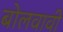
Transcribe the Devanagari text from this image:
बोलवावी